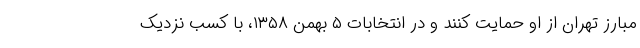
مبارز تهران از او حمایت کنند و در انتخابات ۵ بهمن ۱۳۵۸، با کسب نزدیک